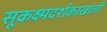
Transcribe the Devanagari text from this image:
सूकक्ष्मदर्शकाखाली